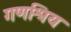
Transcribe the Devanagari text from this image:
गणश्रिय